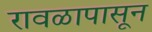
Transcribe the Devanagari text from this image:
रावळापासून